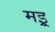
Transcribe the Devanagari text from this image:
मइ्र